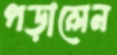
পড়ালেন